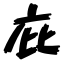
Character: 庇